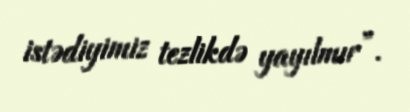
istədiyimiz tezlikdə yayılmır”.